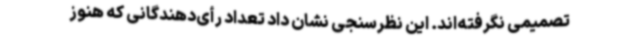
تصمیمی نگرفته‌اند. این نظرسنجی نشان داد تعداد رأی‌دهندگانی که هنوز